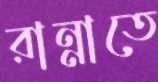
রান্নাতে